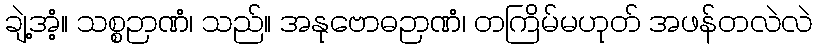
ချဲ့အံ့။ သစ္စဉာဏံ၊ သည်။ အနုဗောဓဉာဏံ၊ တကြိမ်မဟုတ် အဖန်တလဲလဲ